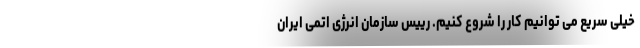
خیلی سریع می توانیم کار را شروع کنیم. رییس سازمان انرژی اتمی ایران